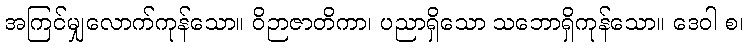
အကြင်မျှလောက်ကုန်သော။ ဝိဉာဇာတိကာ၊ ပညာရှိသော သဘောရှိကုန်သော။ ဒေဝါ စ၊